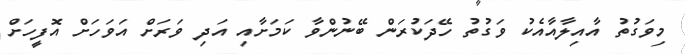
މިވަގުތު އާއިލާއާއެކު ވަގުތު ހޭދަކުރަން ބޭނުންވާ ކަމަށާއި އަދި ވަރަށް އަވަހަށް އޮފީހަށް